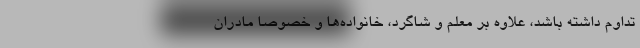
تداوم داشته باشد، علاوه بر معلم و شاگرد، خانواده‌ها و خصوصا مادران